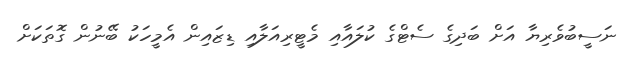
ނަސީބުވެރިޔާ އަށް ބަދިގެ ސެޓްގެ ކުލައާއި މެޓީރިއަލާއި ޑިޒައިން އެމީހަކު ބޭނުން ގޮތަކަށް